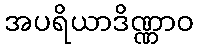
အပရိယာဒိဏ္ဏာဝ